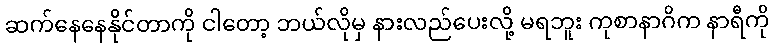
ဆက်နေနေနိုင်တာကို ငါတော့ ဘယ်လိုမှ နားလည်ပေးလို့ မရဘူး ကုစာနာဂိက နာရီကို